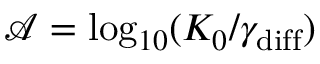
\mathcal { A } = \log _ { 1 0 } ( K _ { 0 } / \gamma _ { \mathrm { d i f f } } )